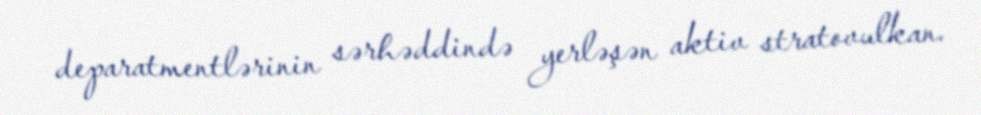
deparatmentlərinin sərhəddində yerləşən aktiv stratovulkan.